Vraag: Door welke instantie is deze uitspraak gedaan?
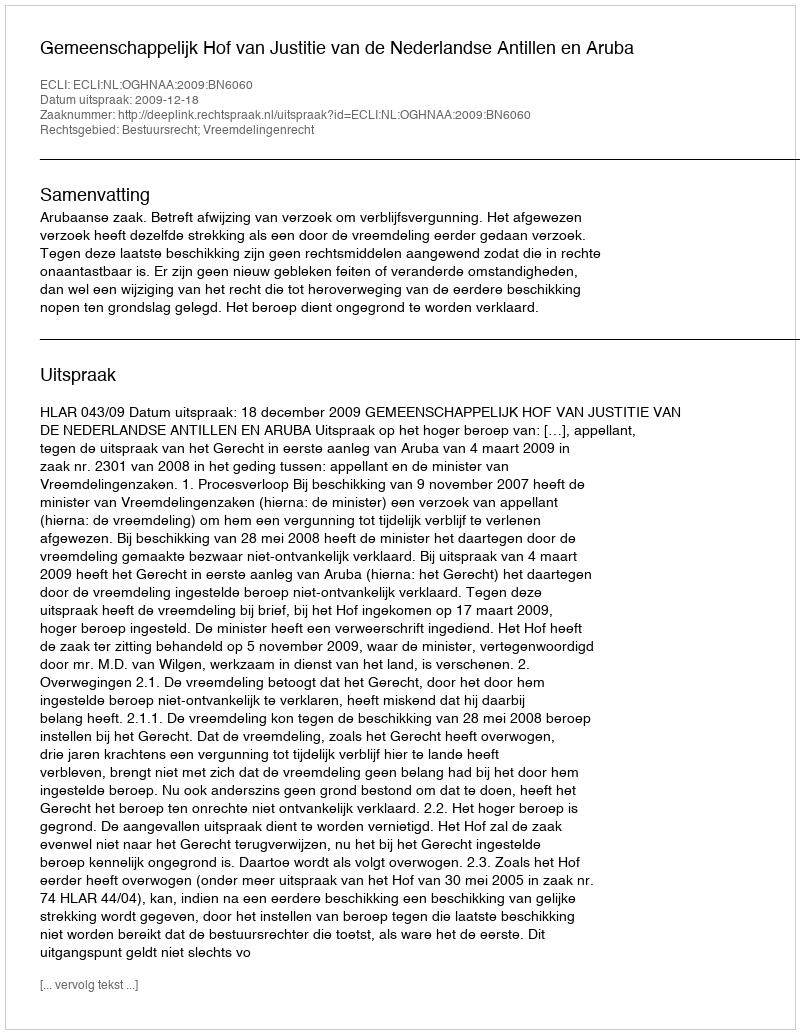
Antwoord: Gemeenschappelijk Hof van Justitie van de Nederlandse Antillen en Aruba